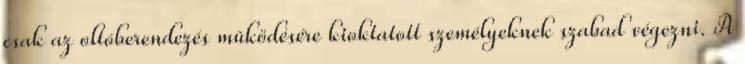
csak az oltóberendezés mûködésére kioktatott személyeknek szabad végezni. A